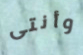
وأنتى